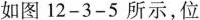
如图12-3-5所示，位